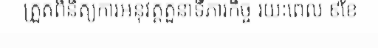
ត្រួតពិនិត្យការអនុវត្តតួនាទីភារកិច្ច រយៈពេល ៩ខែ